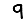
Digit: 9